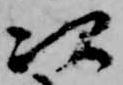
次